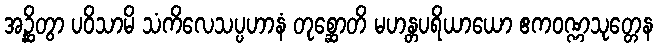
အဉ္ဆိတွာ ပဝိသာမိ သံကိလေသပ္ပဟာနံ တုစ္ဆောတိ မဟန္တပရိယာယော ဧကဝဏ္ဏသုတ္တေန